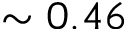
\sim 0 . 4 6